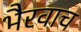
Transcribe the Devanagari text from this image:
भैरवाच